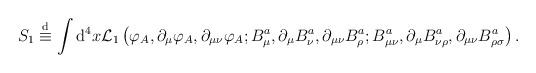
LaTeX: \begin{align*}S_{1} \stackrel{\rm d}{\equiv}\int {\rm d}^{4}x {\cal L}_{1}\left( \varphi_{A}, \partial_{\mu}\varphi_{A}, \partial_{\mu\nu}\varphi_{A};B^{a}_{\mu}, \partial_{\mu}B^{a}_{\nu}, \partial_{\mu\nu}B^{a}_{\rho};B^{a}_{\mu\nu}, \partial_{\mu}B^{a}_{\nu\rho},\partial_{\mu\nu}B^{a}_{\rho\sigma} \right).\end{align*}